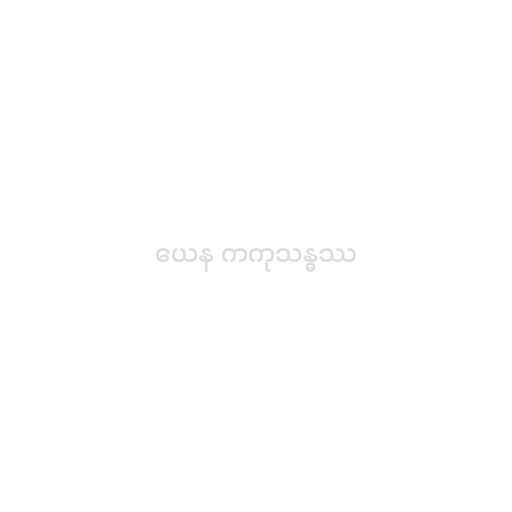
ယေန ကကုသန္ဓဿ